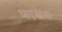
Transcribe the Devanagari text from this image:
फास्त्रेक